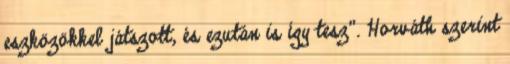
eszközökkel játszott, és ezután is így tesz". Horváth szerint